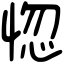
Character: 惚